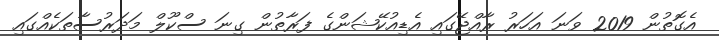
އެގޮތުން 2019 ވަނަ އަހަރު ރާއްޖޭގައި އެޑިއުކޭޝަންގެ ފަރާތުން ގިނަ ސްކޫލް މަދަރުސާތަކެއްގައި